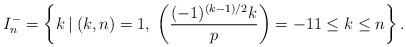
LaTeX: \begin{align*} I_n^-=\left\{ k \: | \: (k,n)=1, \; \left(\frac{(-1)^{(k-1)/2}k}{p}\right)=-1 1 \le k \le n \right\}. \end{align*}